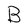
Character: B